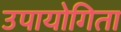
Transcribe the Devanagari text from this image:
उपायोगिता